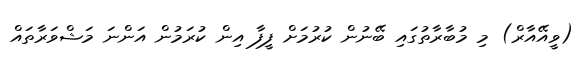
(ވީއޭއާރް) މި މުބާރާތުގައި ބޭނުން ކުރުމަށް ފީފާ އިން ކުރަމުން އަންނަ މަޝްވަރާތައް